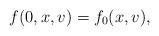
LaTeX: \begin{align*} f(0,x,v)=f_{0}(x,v), \end{align*}